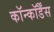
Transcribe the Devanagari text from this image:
कॉन्कॉर्डैंस